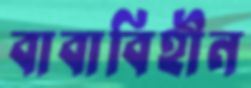
বাবাবিহীন